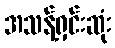
အသန့်ရှင်းဆုံး